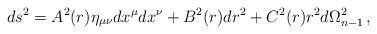
\begin{align*}ds^2=A^2(r)\eta_{\mu\nu}dx^\mu dx^\nu+B^2(r)dr^2+C^2(r)r^2d\Omega^2_{n-1}\, ,\end{align*}